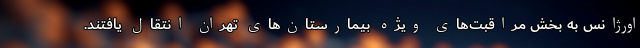
اورژانس به بخش مراقبت‌های ویژه بیمارستان‌های تهران انتقال یافتند.